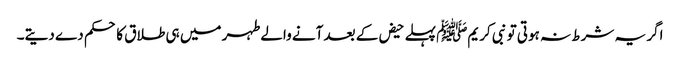
اگر یہ شرط نہ ہوتی تو نبی کریمﷺ پہلے حیض کے بعد آنے والے طہر میں ہی طلاق کا حکم دے دیتے۔